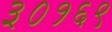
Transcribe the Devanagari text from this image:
३०१६९